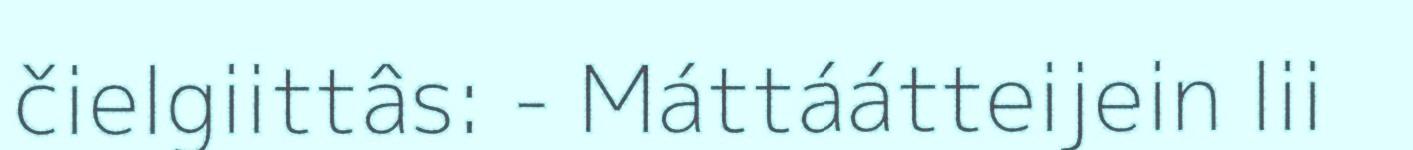
čielgiittâs: - Máttáátteijein lii